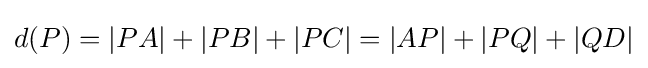
d(P)=|PA|+|PB|+|PC|=|AP|+|PQ|+|QD|